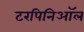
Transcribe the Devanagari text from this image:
टरपिनिऑल